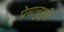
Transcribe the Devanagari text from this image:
प्रेमानुभूति